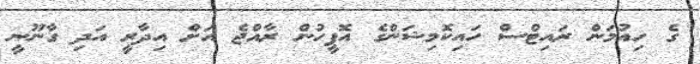
ގެ ހިއުމަން ރައިޓްސް ހައިކޮމިޝަންގެ އޮފީހުން ރާއްޖެ އަށް އިދާރީ އަދި ގާނޫނީ